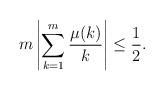
LaTeX: \begin{align*}m \left| \sum_{k=1}^m \frac{\mu(k)}{k} \right| \leq \frac{1}{2}.\end{align*}